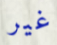
غير